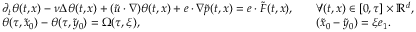
\begin{array} { r l r l } & { \partial _ { t } \theta ( t , x ) - \nu \Delta \theta ( t , x ) + ( \widetilde u \cdot \nabla ) \theta ( t , x ) + e \cdot \nabla \tilde { p } ( t , x ) = e \cdot \tilde { F } ( t , x ) , } & & { \forall ( t , x ) \in [ 0 , \tau ] \times \mathbb { R } ^ { d } , } \\ & { \theta ( \tau , \tilde { x } _ { 0 } ) - \theta ( \tau , \tilde { y } _ { 0 } ) = \Omega ( \tau , \xi ) , } & & { ( \tilde { x } _ { 0 } - \tilde { y } _ { 0 } ) = \xi e _ { 1 } . } \end{array}